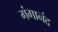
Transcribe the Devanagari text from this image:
गंगानंद